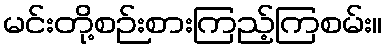
မင်းတို့စဉ်းစားကြည့်ကြစမ်း။